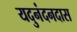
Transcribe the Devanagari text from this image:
यदुनंदनदास